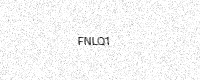
Text: FNLQ1